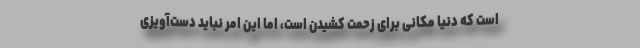
است که دنیا مکانی برای زحمت کشیدن است، اما این امر نباید دست‌آویزی